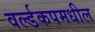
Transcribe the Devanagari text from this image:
वर्ल्डकपमधील